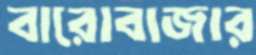
বারোবাজার